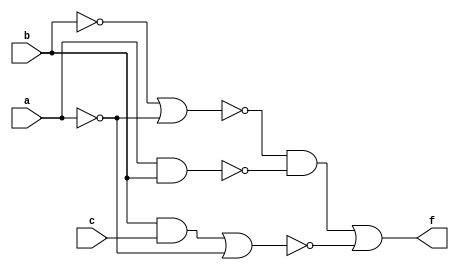
/*
Laura Iara Silva Santos Xavier - 734661
Guia 6
*/

module nand_logic (output f, input a, input b, input c);

    assign f = (~((~b) | (~a))) & (~(a & b)) | (~((b & c) | (~a)));

endmodule

module test_f5;
    //Definir dados
    reg x;
    reg y;
    reg z;
    wire a, b, c;

    nand_logic moduloA (a, x, y, z);

    //Parte principal
    initial begin : main
        $display ("Exemplo_0605 - Daniel Vitor de Oliveira Santos - 716417");
        $display ("Test module");
        $display ("   x    y    z    a");

        //Projetar testes do modulo
        $monitor("%4b %4b %4b %4b", x, y, z, a);

        x = 1'b0;y = 1'b0; z = 1'b0;
        #1 x = 1'b0; y = 1'b0; z = 1'b1;
        #1 x = 1'b0; y = 1'b1; z = 1'b0;
        #1 x = 1'b0; y = 1'b1; z = 1'b1;
        #1 x = 1'b1; y = 1'b0; z = 1'b0;
        #1 x = 1'b1; y = 1'b0; z = 1'b1;
        #1 x = 1'b1; y = 1'b1; z = 1'b0;
        #1 x = 1'b1; y = 1'b1; z = 1'b1;

    end
endmodule

/* Resultado:

   x    y    z    a

   0    0    0    0
   0    0    1    0
   0    1    0    0
   0    1    1    0
   1    0    0    1
   1    0    1    1
   1    1    0    1
   1    1    1    0

*/